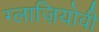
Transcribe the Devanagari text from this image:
ग्लाज़ियोवी